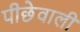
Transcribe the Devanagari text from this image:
पीछेवाली